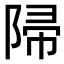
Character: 𨺜